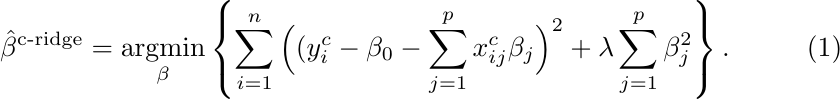
\begin{equation} \label{eq:ris1}
\hat{\beta}^{\text{c-ridge}} =  \underset{\beta}{\operatorname{argmin}}  \left\{ \sum_{i=1}^{n} \Big((y^c_i - \beta_0 - \sum_{j=1}^{p} x^c_{ij} \beta_j \Big)^2 + \lambda \sum_{j=1}^{p} \beta_j^2 \right\}.
\end{equation}